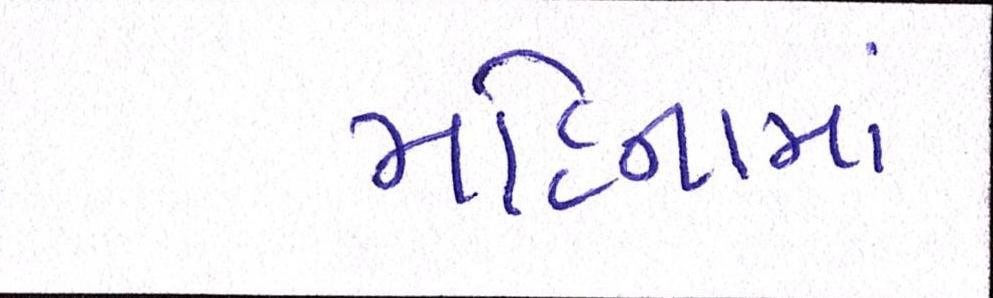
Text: મહિનામાં